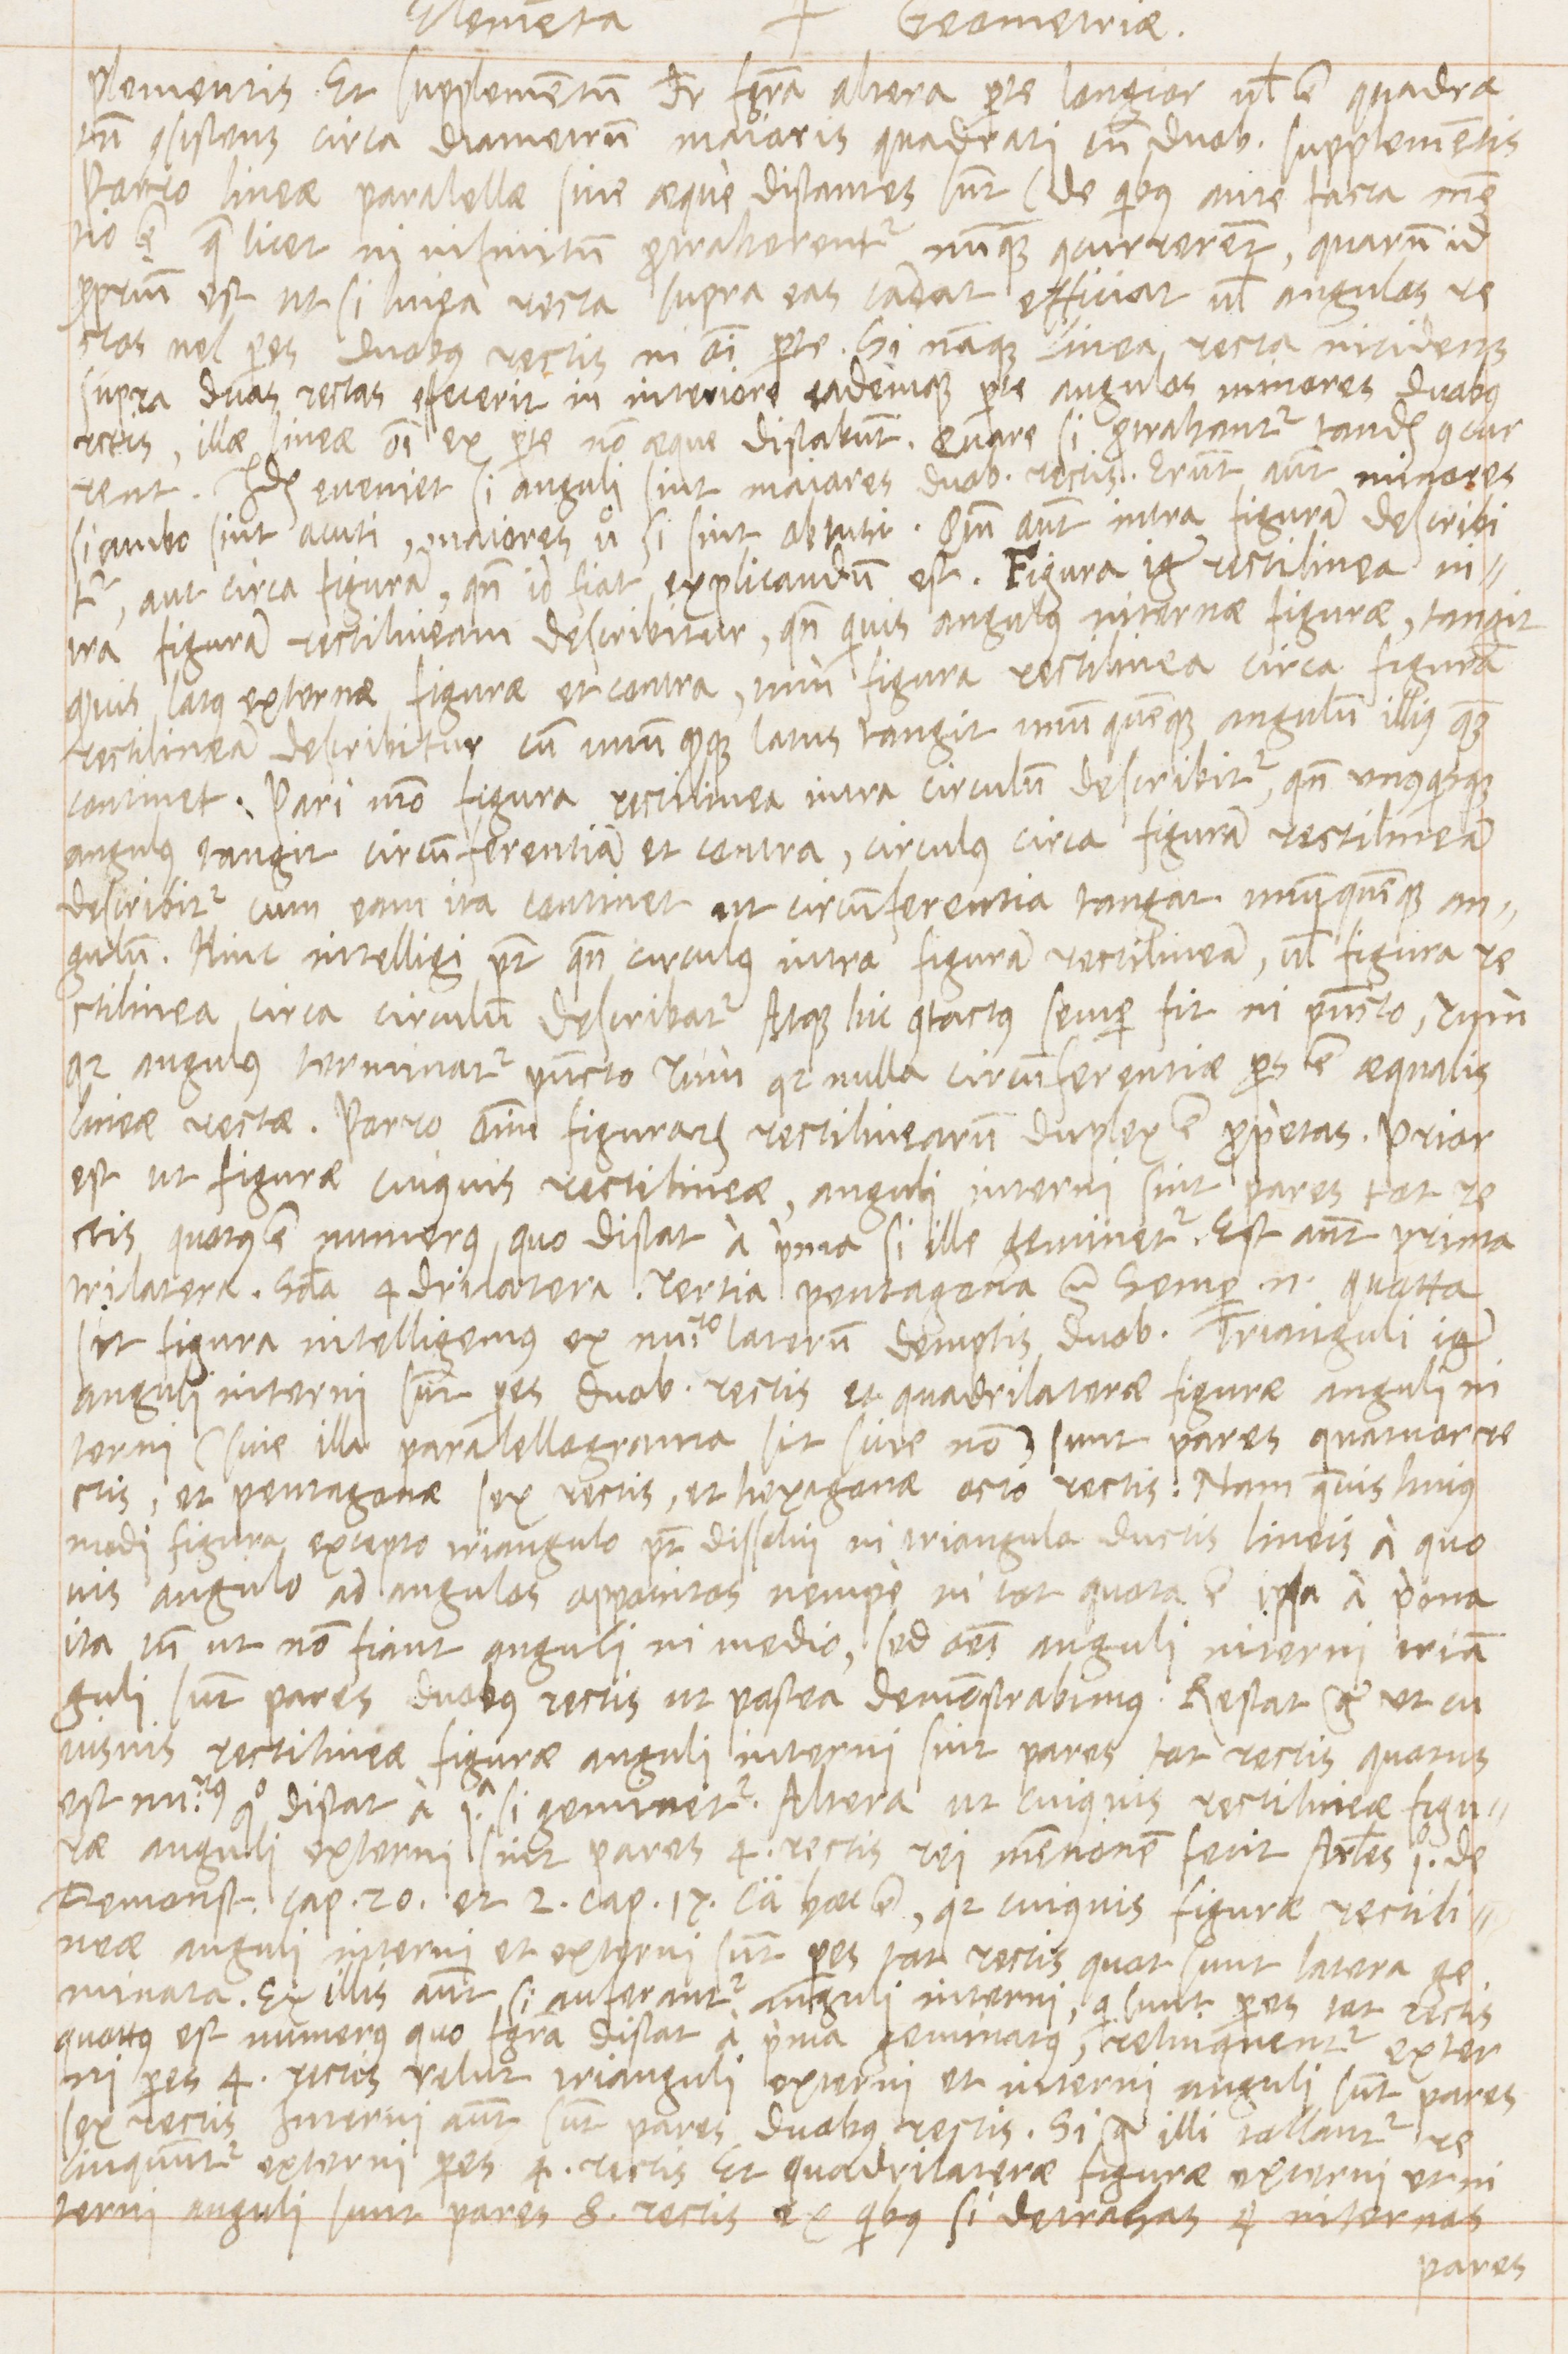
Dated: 1569–1569